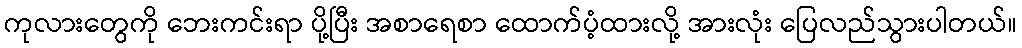
ကုလားတွေကို ဘေးကင်းရာ ပို့ပြီး အစာရေစာ ထောက်ပံ့ထားလို့ အားလုံး ပြေလည်သွားပါတယ်။